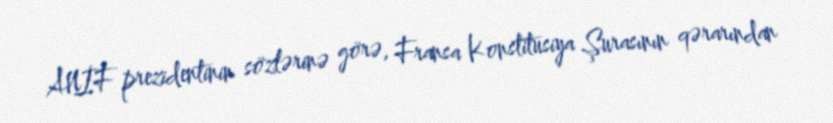
ANİF prezidentinin sözlərinə görə, Fransa Konstitusiya Şurasının qərarından